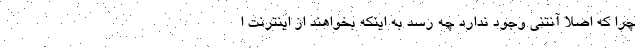
چرا که اصلا آنتنی وجود ندارد چه رسد به اینکه بخواهند از اینترنت ا